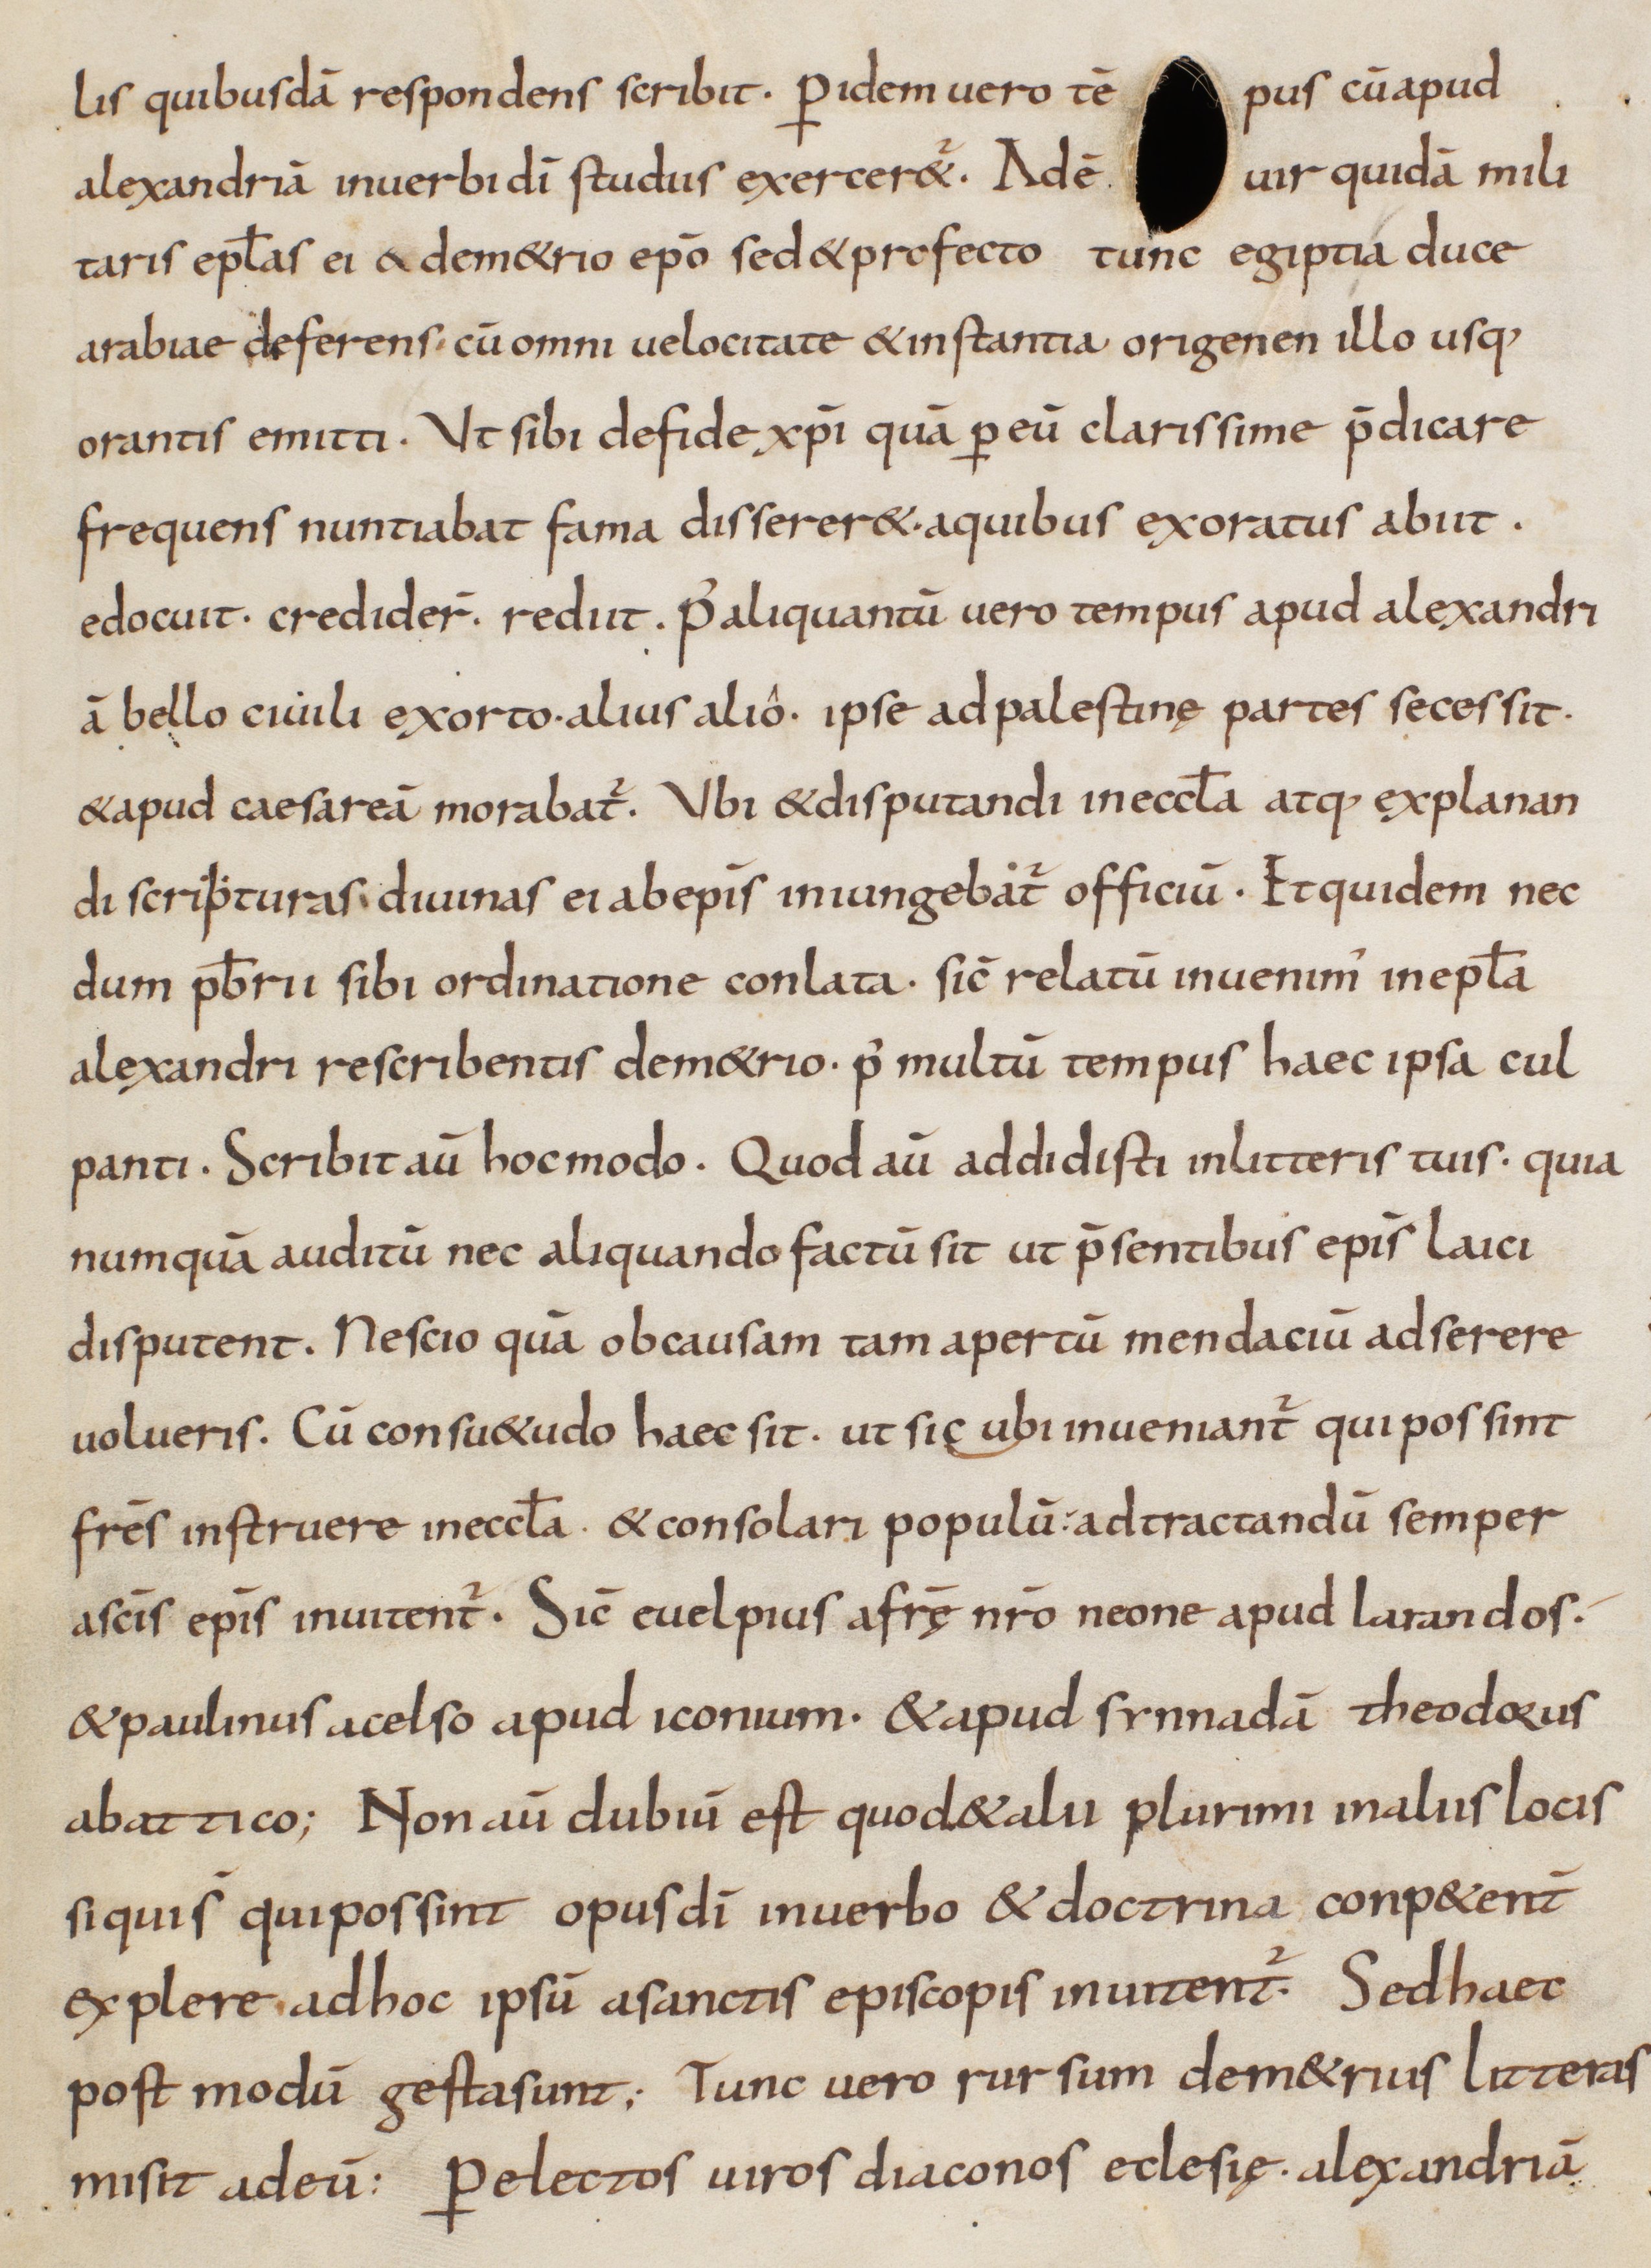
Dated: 833–865